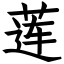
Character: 莲